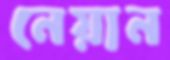
নেয়ান